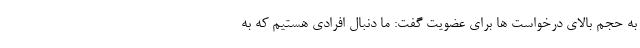
به حجم بالای درخواست ها برای عضویت گفت: ما دنبال افرادی هستیم که به